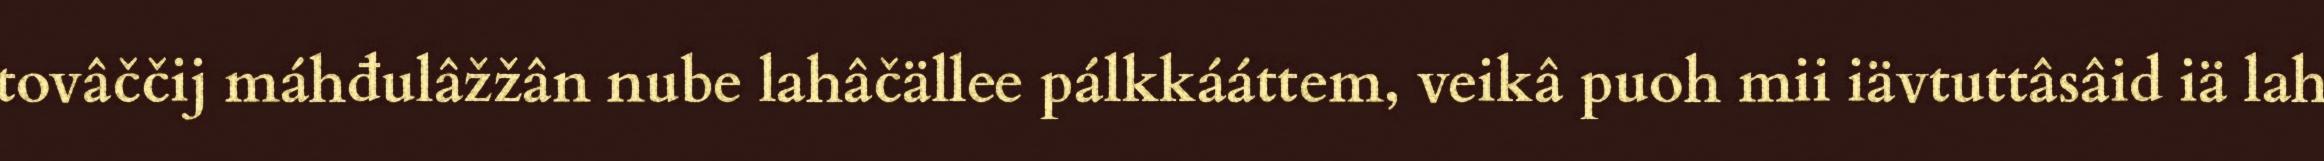
tovâččij máhđulâžžân nube lahâčällee pálkkááttem, veikâ puoh mii iävtuttâsâid iä lah